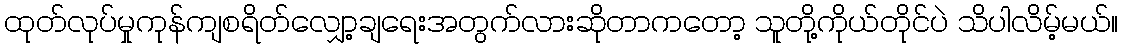
ထုတ်လုပ်မှုကုန်ကျစရိတ်လျှော့ချရေးအတွက်လားဆိုတာကတော့ သူတို့ကိုယ်တိုင်ပဲ သိပါလိမ့်မယ်။